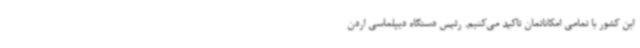
این کشور با تمامی امکاناتمان تاکید می‌کنیم. رئیس دستگاه دیپلماسی اردن